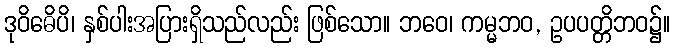
ဒုဝိဓေိပိ၊ နှစ်ပါးအပြားရှိသည်လည်း ဖြစ်သော။ ဘဝေ၊ ကမ္မဘဝ, ဥပပတ္တိဘဝ၌။